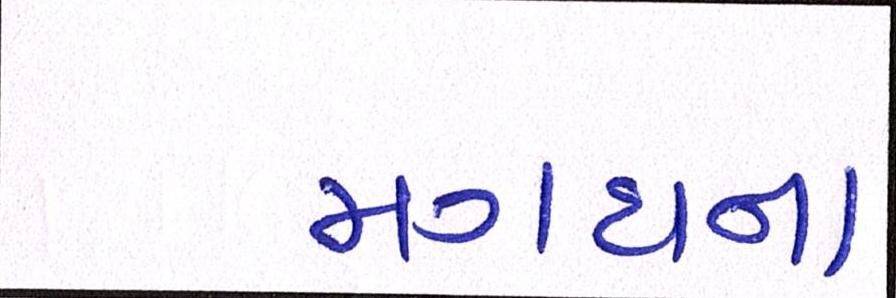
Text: મગધના